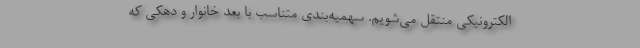
الکترونیکی منتقل می‌شویم. سهمیه‌بندی متناسب با بعد خانوار و دهکی که